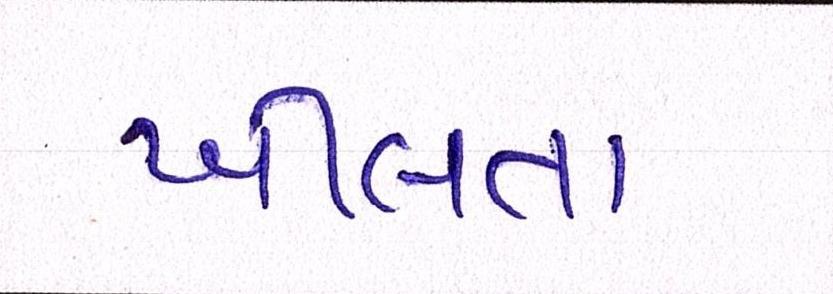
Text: ખીલતાં